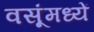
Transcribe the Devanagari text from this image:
वसूंमध्यें